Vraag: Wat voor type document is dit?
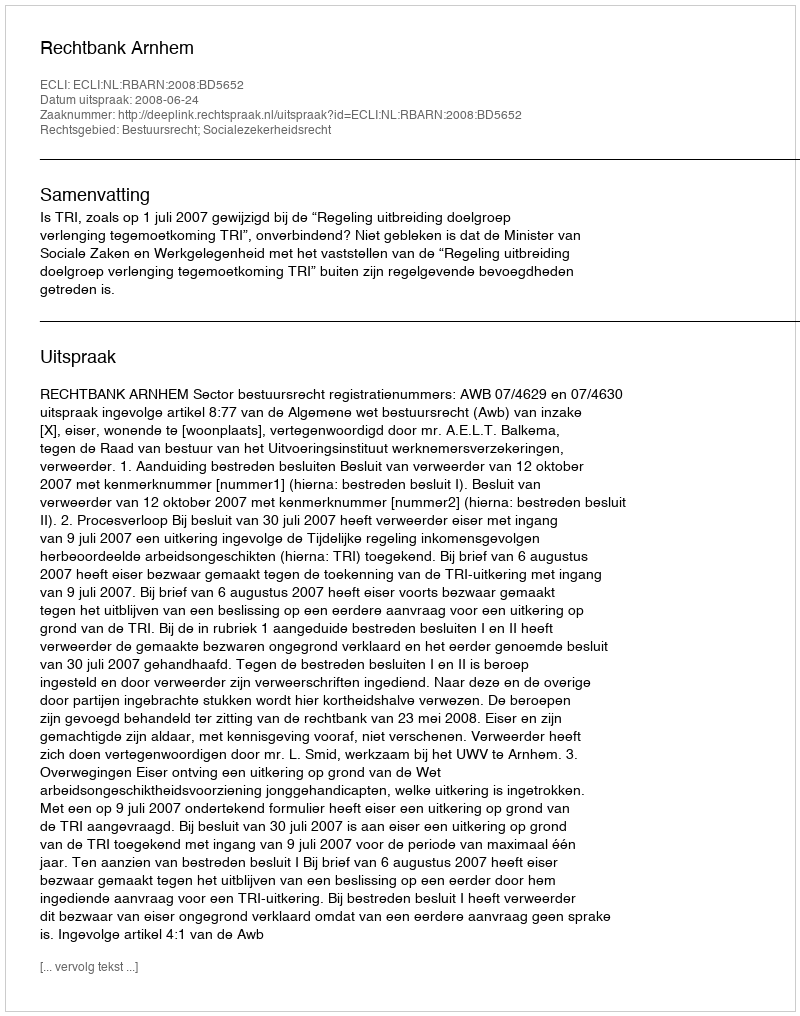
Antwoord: Uitspraak